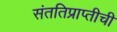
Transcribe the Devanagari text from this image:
संततिप्राप्तीची